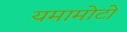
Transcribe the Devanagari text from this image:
यमामोटो